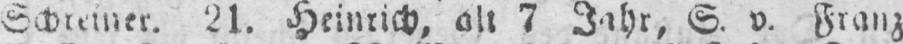
Schreiner. 21. Heinrich, alt 7 Jahr, S. v. Franz